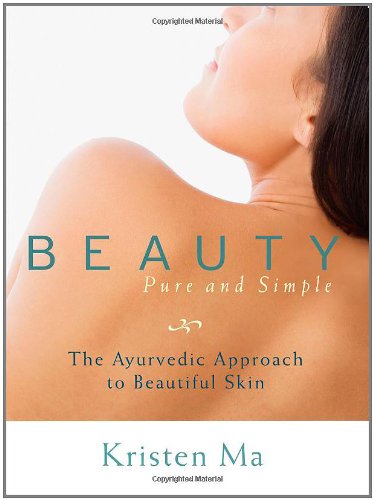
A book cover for Beauty Pure and Simple: The Ayurvedic Approach to Beautiful Skin; Kristen Ma; Health, Fitness & Dieting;